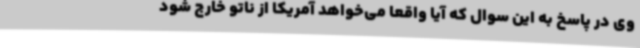
وی در پاسخ به این سوال که آیا واقعا می‌خواهد آمریکا از ناتو خارج شود